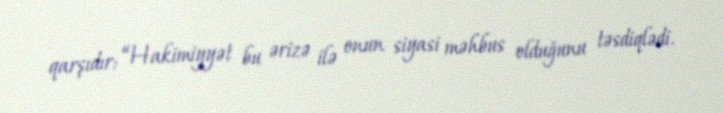
qarşıdır: “Hakimiyyət bu ərizə ilə onun siyasi məhbus olduğunu təsdiqlədi.